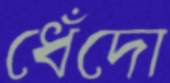
ধেঁদো